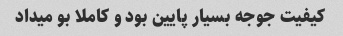
کیفیت جوجه بسیار پایین بود و کاملا بو میداد